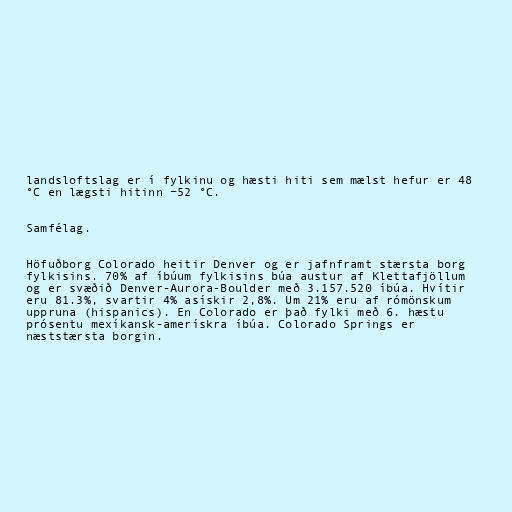
landsloftslag er í fylkinu og hæsti hiti sem mælst hefur er 48
°C en lægsti hitinn −52 °C.

Samfélag.

Höfuðborg Colorado heitir Denver og er jafnframt stærsta borg
fylkisins. 70% af íbúum fylkisins búa austur af Klettafjöllum
og er svæðið Denver-Aurora-Boulder með 3.157.520 íbúa. Hvítir
eru 81.3%, svartir 4% asískir 2,8%. Um 21% eru af rómönskum
uppruna (hispanics). En Colorado er það fylki með 6. hæstu
prósentu mexíkansk-amerískra íbúa. Colorado Springs er
næststærsta borgin.